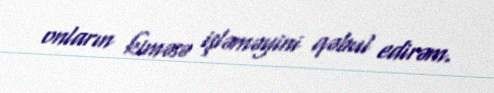
onların kiməsə işləməyini qəbul edirəm.